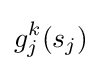
g_{j}^{k}(s_{j})